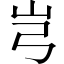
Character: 𰎉